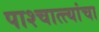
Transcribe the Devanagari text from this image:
पाश्चात्त्यांचा